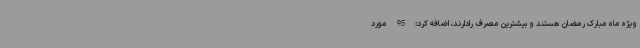
ویژه ماه مبارک رمضان هستند و بیشترین مصرف رادارند، اضافه کرد: 95 مورد